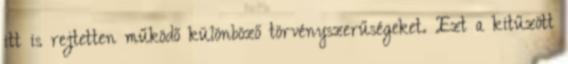
itt is rejtetten működő különböző törvényszerűségeket. Ezt a kitűzött